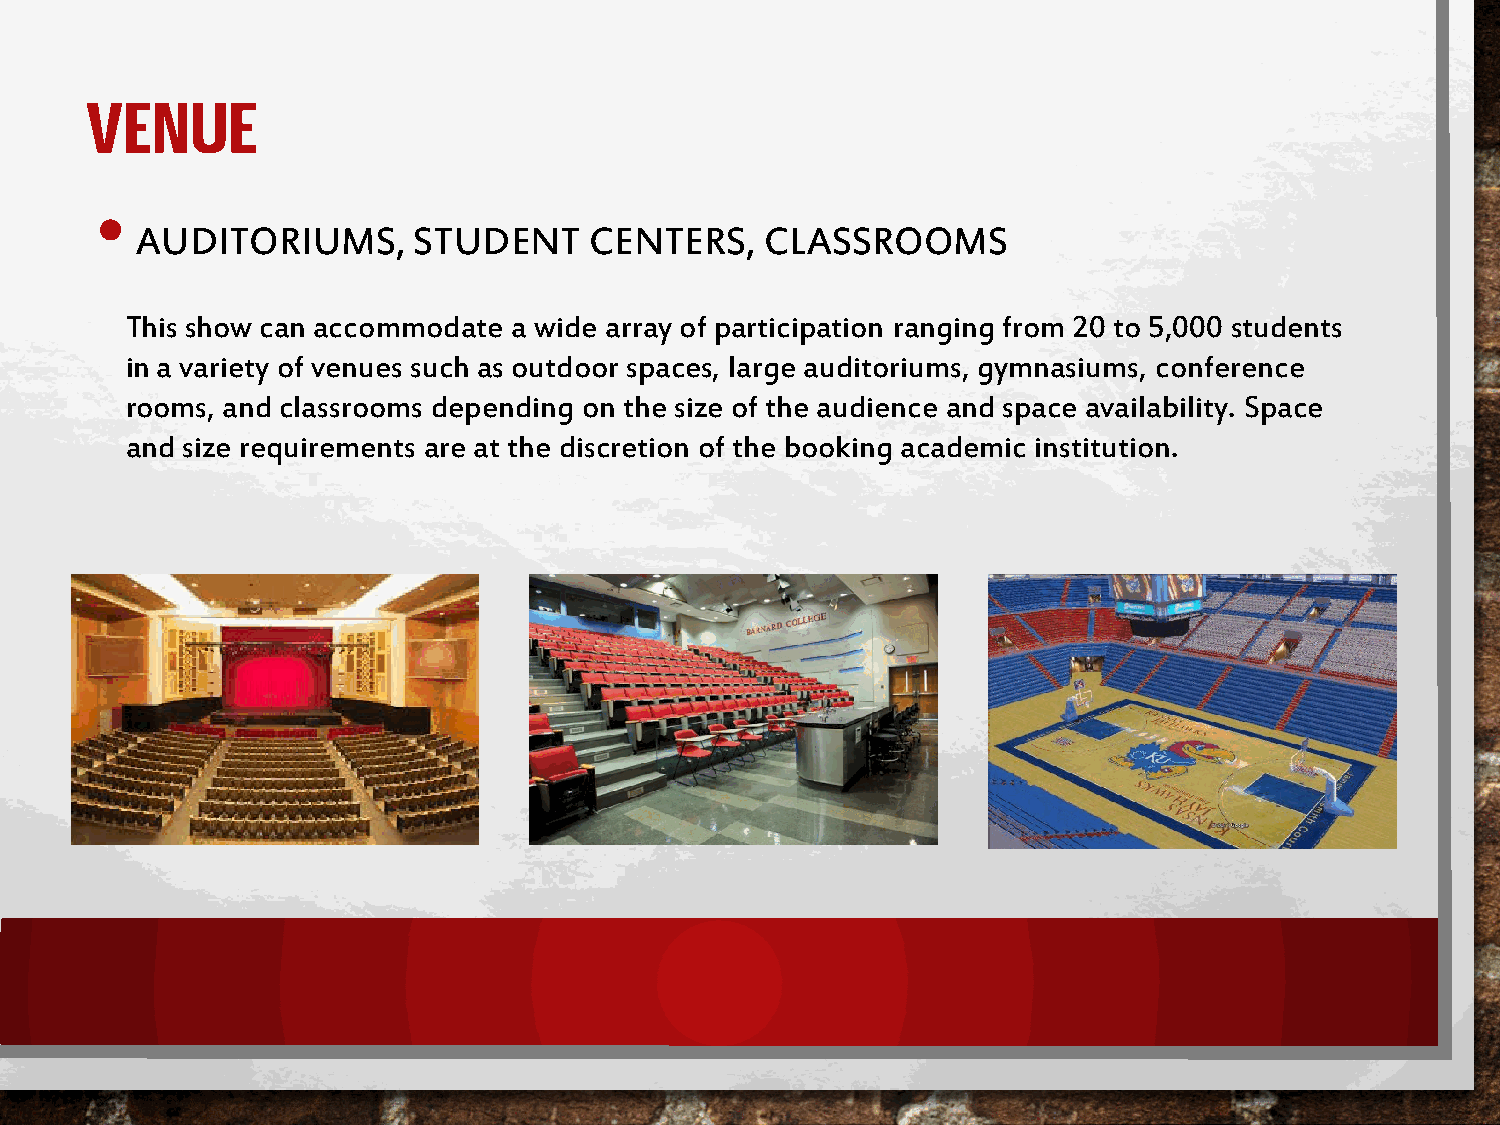
VENUE
 •
 AUDITORIUMS,      STUDENT     CENTERS,    CLASSROOMS
 This show can accommodate a wide array of participation ranging from 20 to 5,000 students
 in a variety of venues such as outdoor spaces, large auditoriums, gymnasiums, conference
 rooms, and classrooms depending on the size of the audience and space availability. Space
 and size requirements are at the discretion of the booking academic institution.